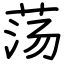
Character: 荡